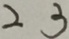
2 3